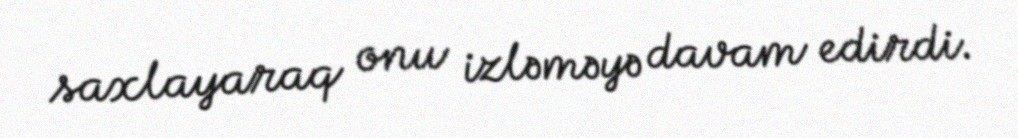
saxlayaraq onu izləməyə davam edirdi.